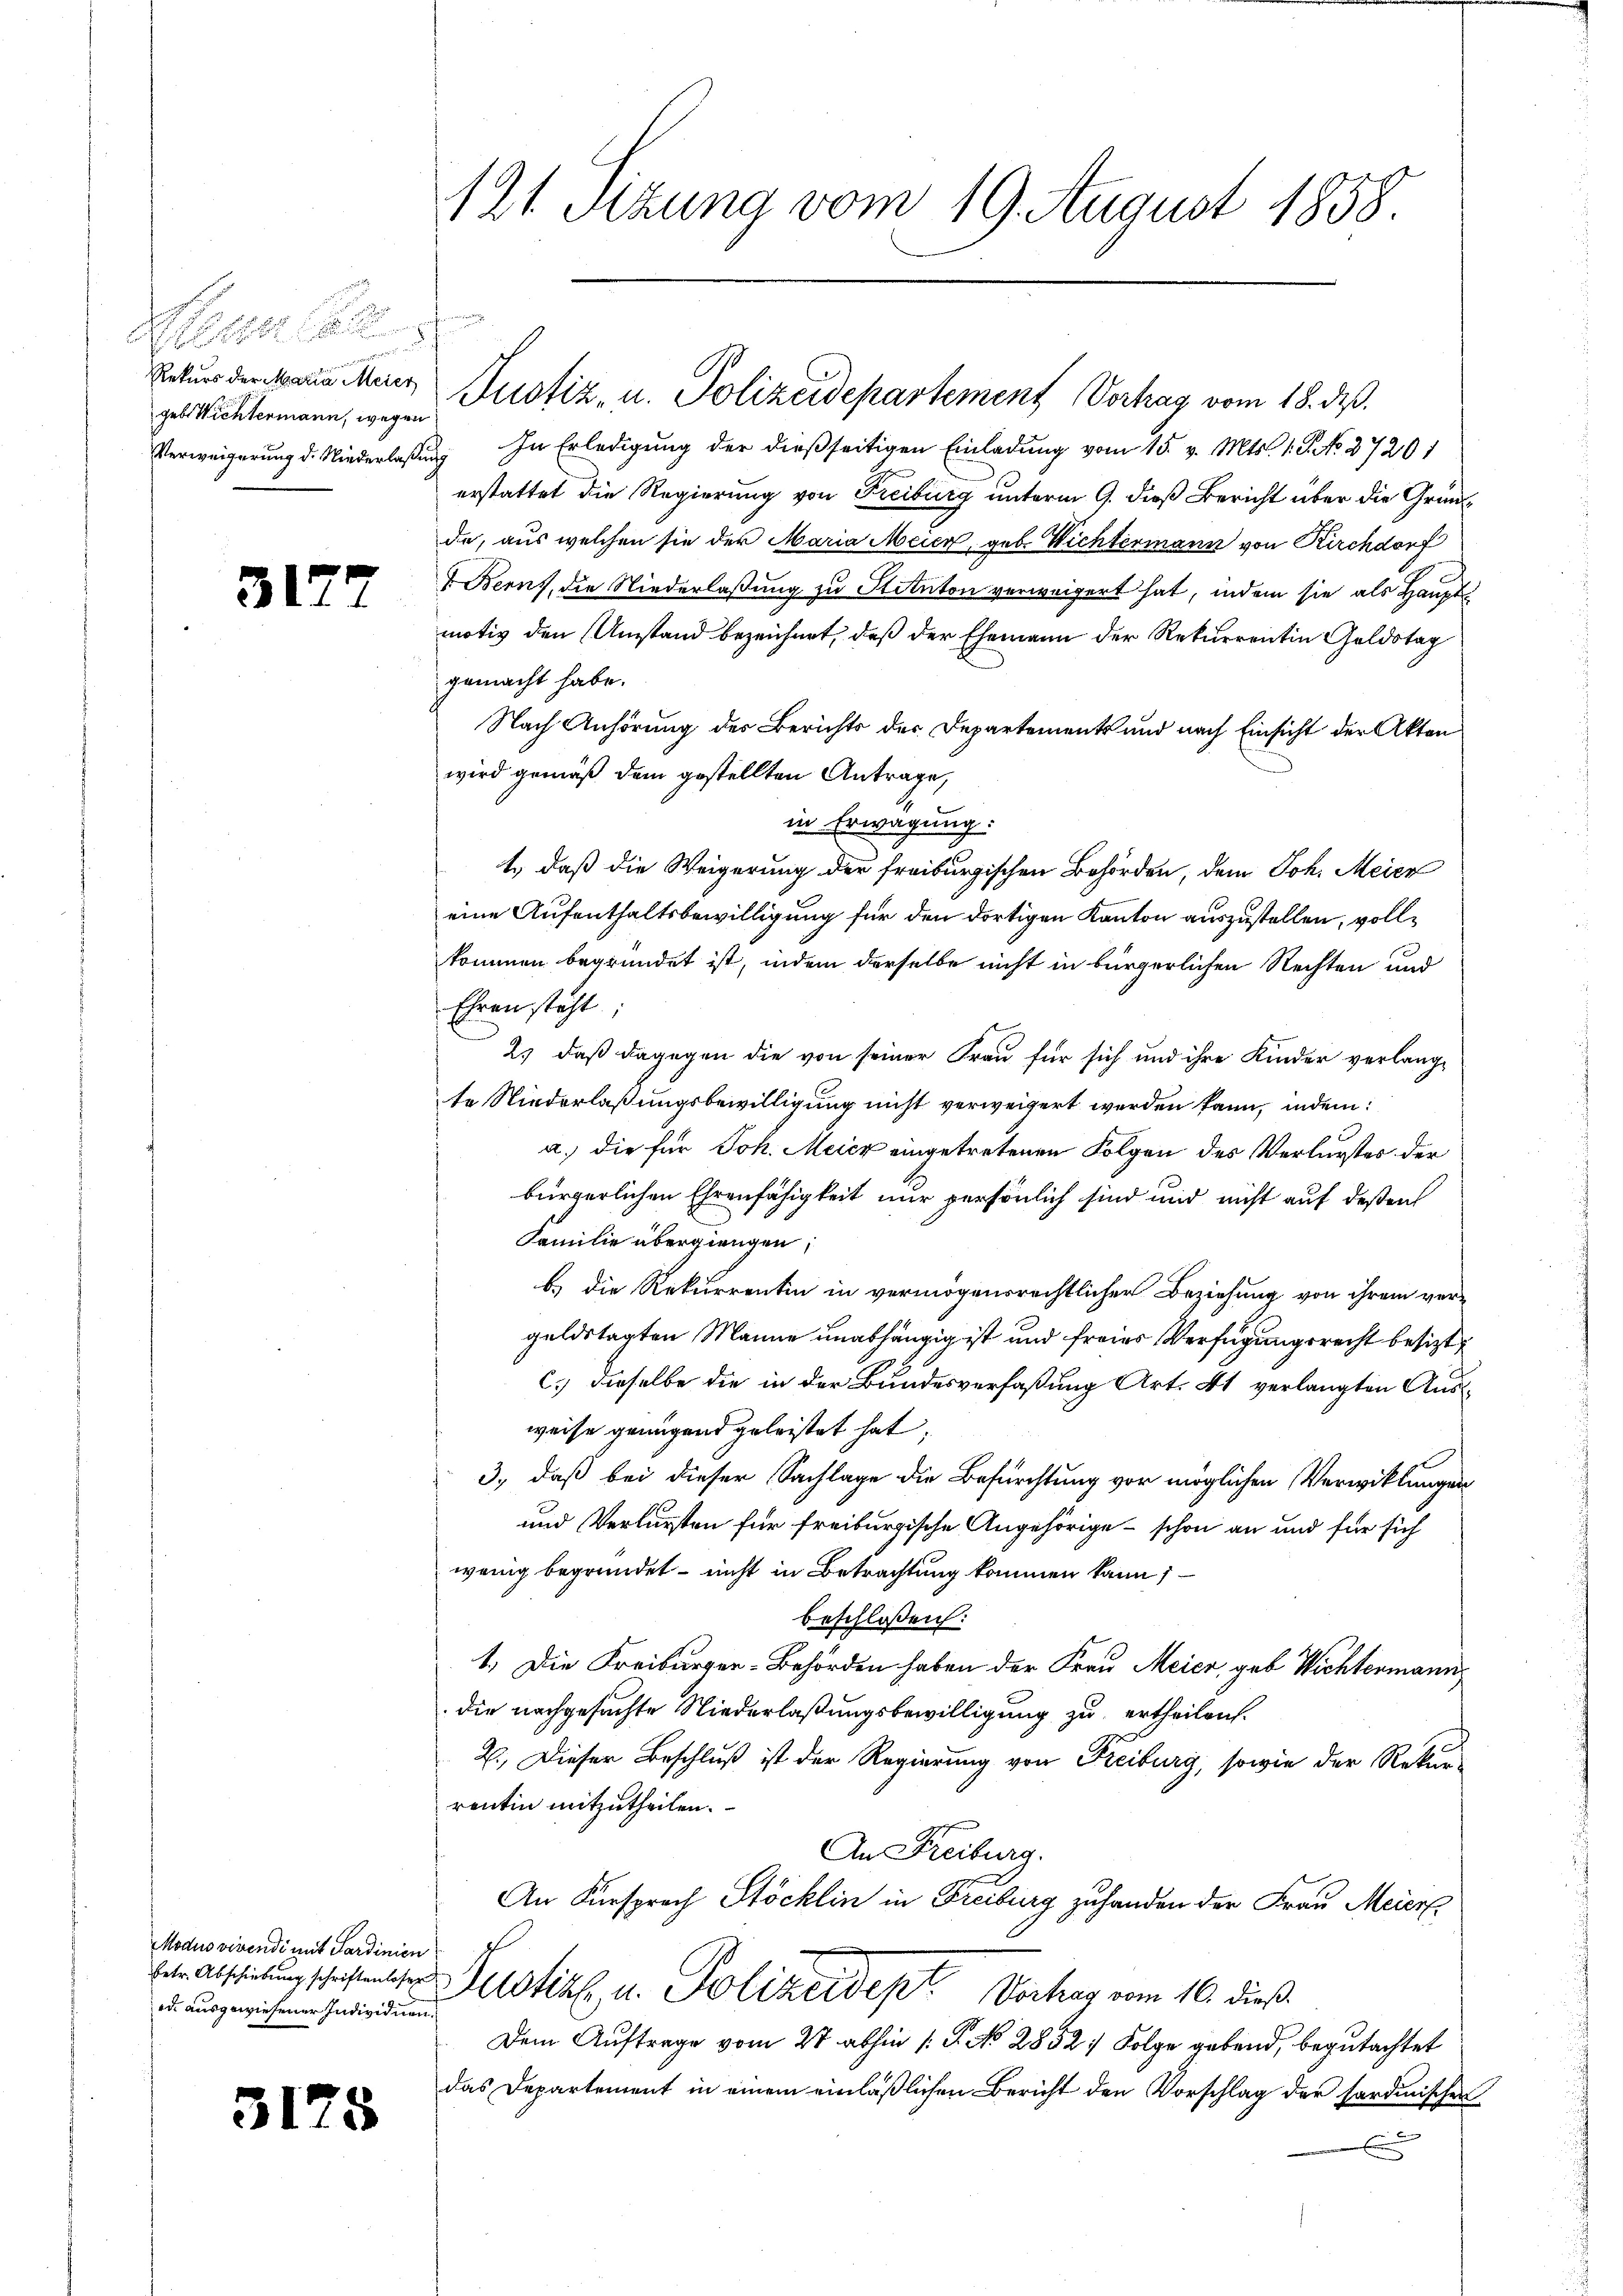
A 1161 f
geb. Wichtermann, wegen

3177

Modus vivendi mit Sardinien
ed ausgewiesener Individuen.

3175

121. Sitzung vom 19. August 1858.

Verweigerung d. Niederlaßung. In Erledigung der dießseitigen Einladung vom 15. v. Mts. 1. G. NNo. 37201
erstattet die Regierung von Freiburg unterm 9. dieß Bericht über die Gründa, aus welchen sie der Maria Meier, geb. Wichtermann von Kirchdorf
 Berns, die Niederlaßung zu Stituton verweigert hat, indem sie als Hauptmotiv den Umstand bezeichnet, daß der Ehemann der Rekurrentin Goldstag
gemacht habe.
Nach Anhörung des Berichts der Departements und nach Einsicht der Akten
wird gemäß dem gestellten Antrage,
in Erwägung:
1., daß die Weigerung der freiburgischen Behörden, dem Joh. Meier
eine Aufenthaltsbewilligung für den dortigen Kanton auszustellen, vollkommen begründet ist, indem derselbe nicht in bürgerlichen Rechten und
Ehren steht:
2.) daß dagegen die von seiner Frau für sich und ihre Kinder verlang-
te Niederlaßungsbewilligung nicht verweigert werden kann, indem:
a. die für Joh. Meier eingetretenen Folgen des Verlurstes der
bürgerlichen Ehrenfähigkeit nur persönlich sind und nicht auf deßen
Familie übergiengen;
b.) die Rekurrentin in vermögensrechtlicher Beziehung von ihrem vergeldstagten Manne unabhängig ist und freies Verfügungsrecht besizt
c.) dieselbe die in der Bundesverfaßung Art. 41 verlangten Ausweise genügend geleistet hat;
3., daß bei dieser Sachlage die Befürchtung vor möglichen Verwicklungen
und Verlursten für freiburgische Angehörige - schon an und für sich
wenig begründet – nicht in Betrachtung kommen kann;
beschlossen:
1.) Die Freiburger-Behörden haben der Frau Meier, geb Wichtermann,
die nachgesuchte Niederlaßungsbewilligung zu ertheilen.
2., Dieser Beschluß ist der Regierung von Freiburg, sowie der Rekur-
rentin mitzutheilen.
An Freiburg.
An Fürsprach Stöcklin in Freiburg zu handen der Frau Meierl.
erastirung schaftete Sistik u. Polizeidept. Verhag vom 16. dieß.
Dem Auftrage vom 27 abhin 1 S. No 2852/ Folge gebend, begutachtet
das Departement in einem einläßlichen Bericht den Vorschlag der sardinischen

r

Rekurs der Mara Meier Justiz, u. Polizeidepartement Vortrag vom 18. deß